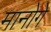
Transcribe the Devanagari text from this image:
मानोगे